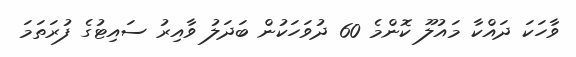
ވާހަކަ ދައްކާ މައުލޫ ކޮންމެ 60 ދުވަހަކުން ބަދަލު ވާއިރު ސައިޓުގެ ފުރަތަމަ